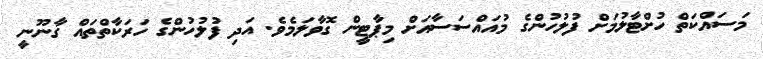
މަސައްކަތް ހުށްޓާލުމަށް ފުލުހުންގެ މުއައްސަސާއަށް މިޕާޓީން ގޮވާލަމެވެ. އަދި ފުލުހުންގެ ހަރަކާތްތައް ގާނޫނީ